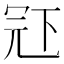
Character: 𠖈